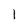
Character: 1